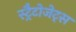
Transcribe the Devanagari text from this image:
स्ट्रैटोजेट्स